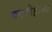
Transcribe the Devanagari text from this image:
कायोहोगा